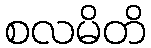
စလမိတိ